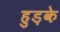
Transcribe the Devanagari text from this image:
हुड़के